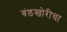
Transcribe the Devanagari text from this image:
बंडखोरीचा